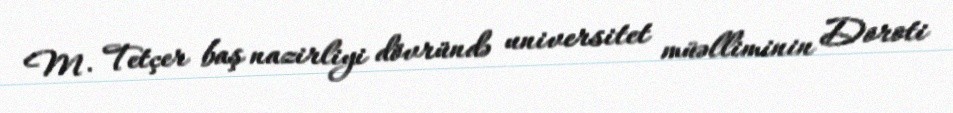
M. Tetçer baş nazirliyi dövründə universitet müəlliminin Doroti